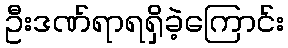
ဦးဒဏ်ရာရရှိခဲ့ကြောင်း